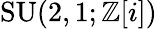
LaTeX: \operatorname{SU}(2,1;\mathbb{Z}[i])